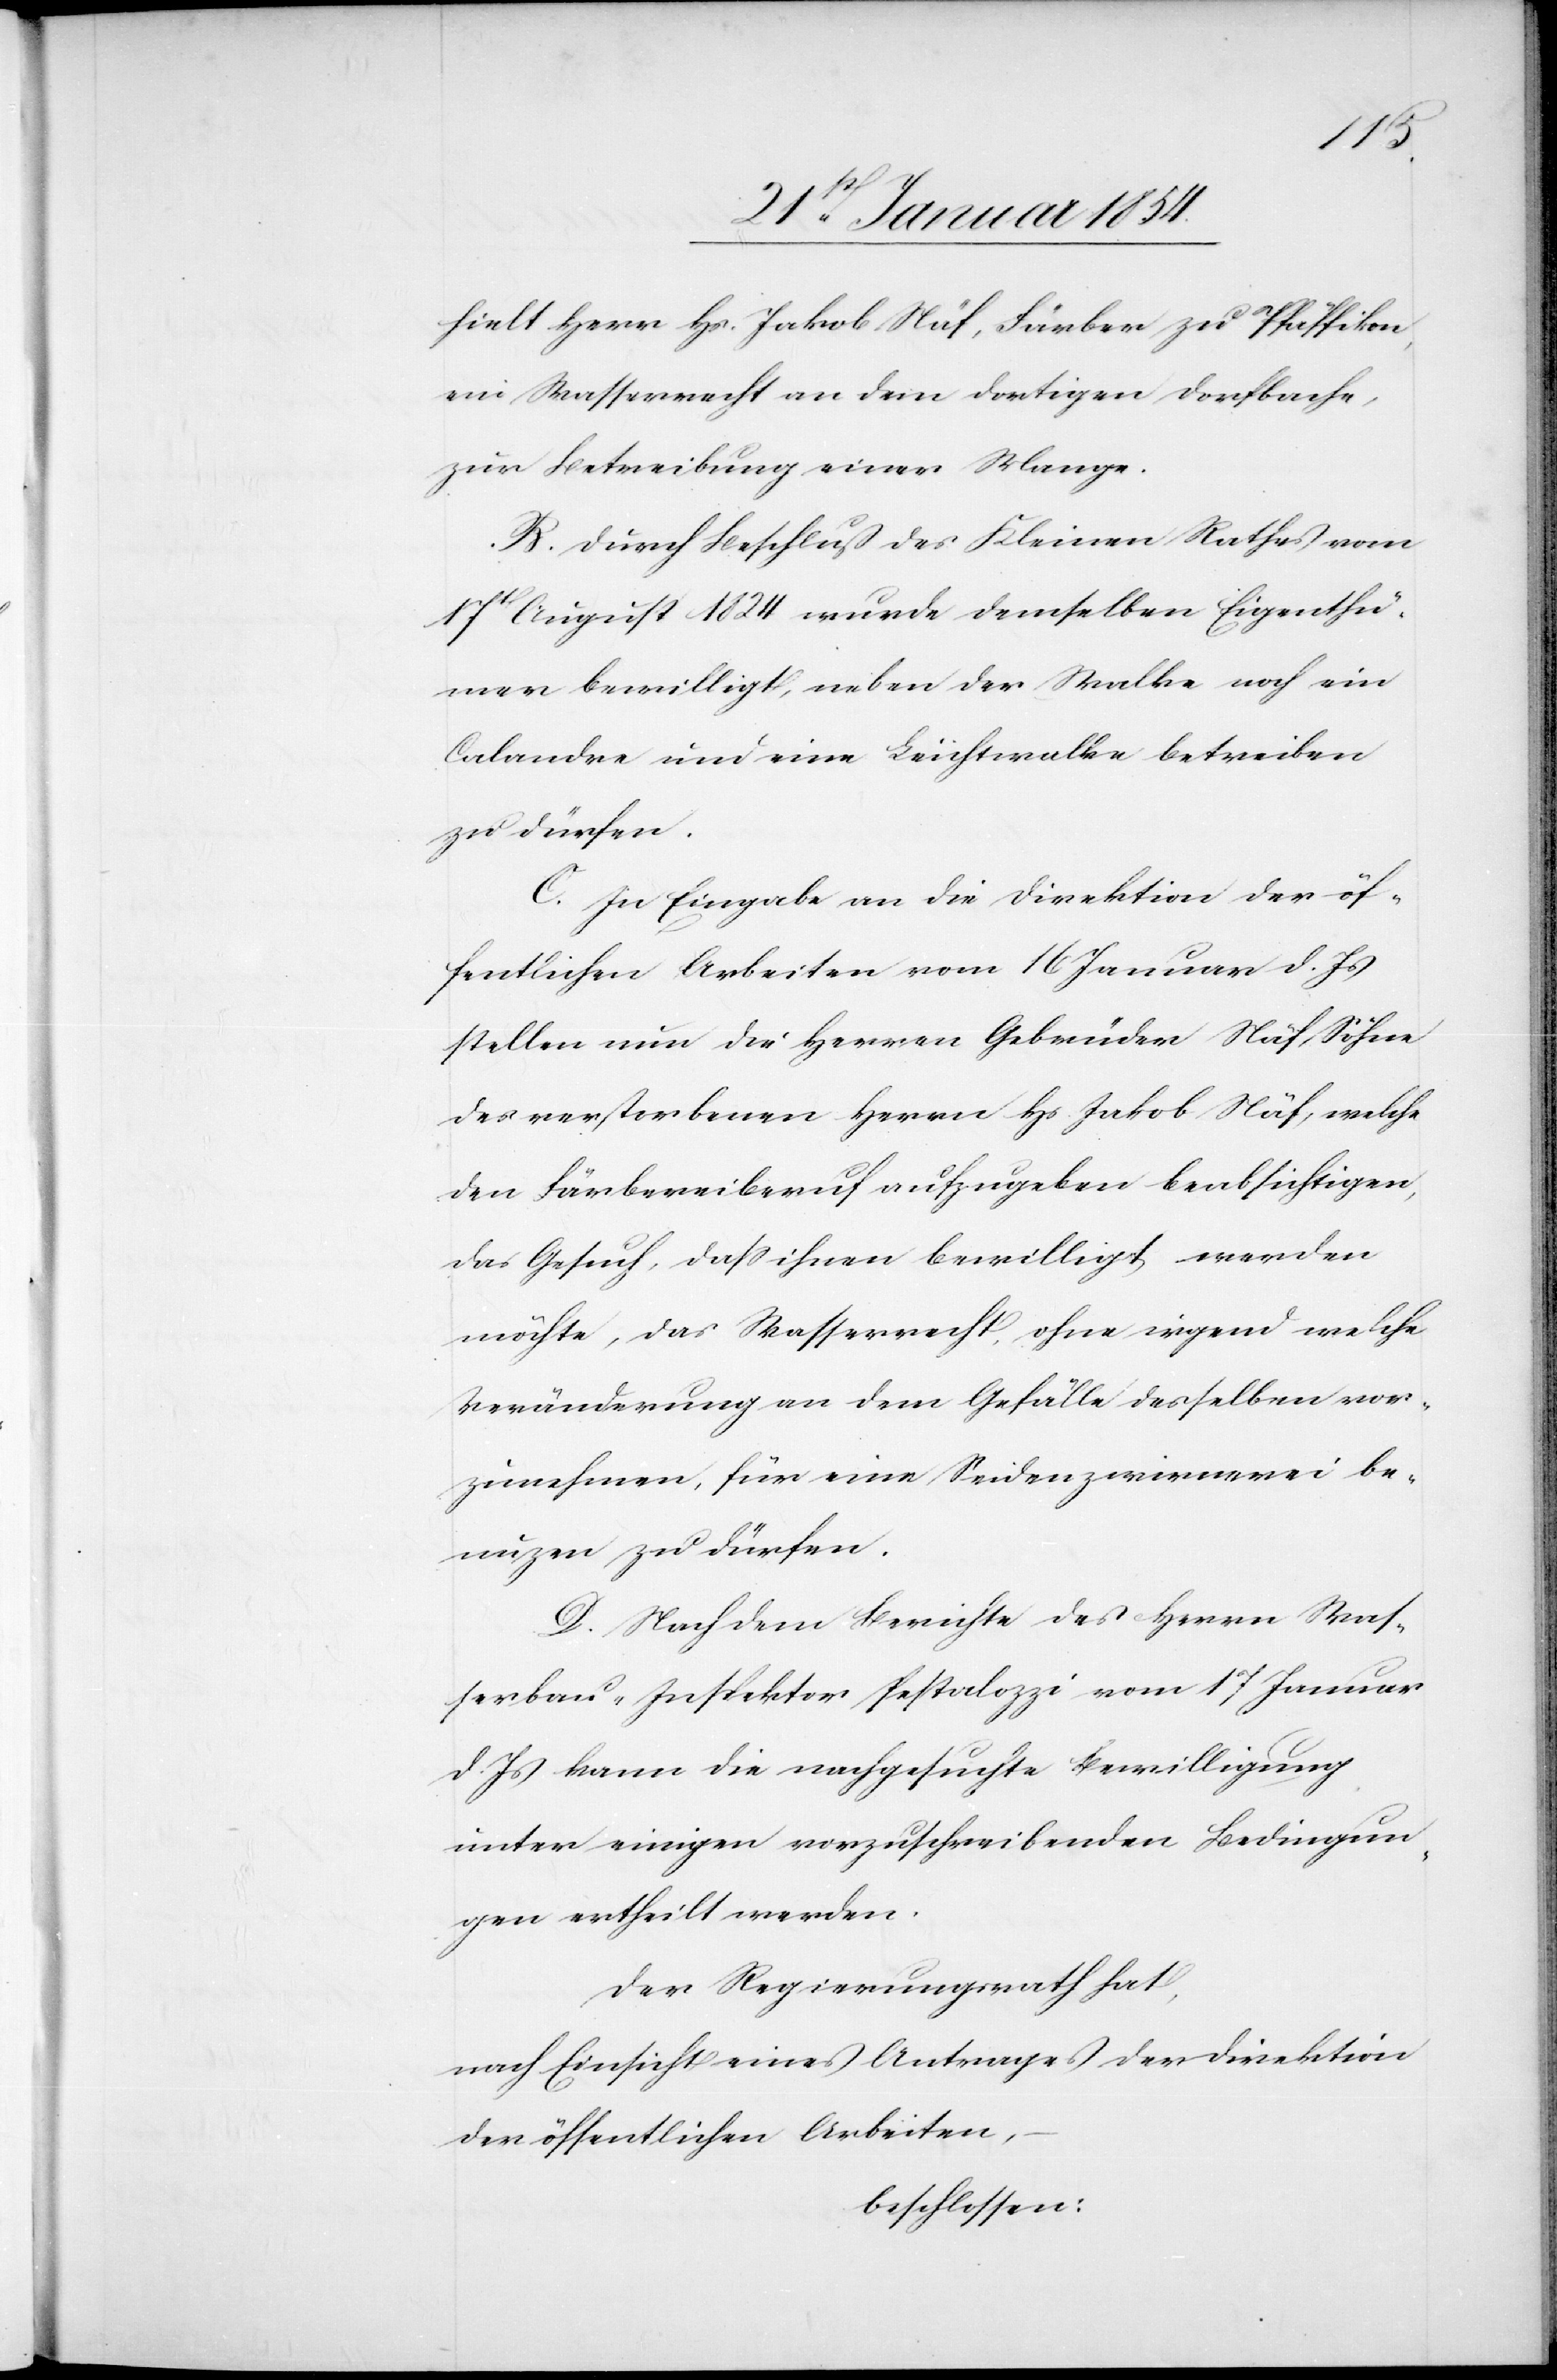
hielt Herr Hs. Jakob Näf, Färber zu Pfäffikon,
ein Wasserrecht an dem dortigen Dorfbache,
zur Betreibung einer Mange.
B. Durch Beschluß des Kleinen Rathes vom
17t August 1824 wurde demselben Eigenthü¬
mer bewilligt, neben der Walke noch ein
Calandre und eine Leichtwalke betreiben
zu dürfen.
C. In Eingabe an die Direktion der öf¬
fentlichen Arbeiten vom 16 Januar d. Js
stellen nun die Herren Gebrüder Näf, Söhne
des verstorbenen Herren Hs. Jakob Näf, welche
den Färbereiberuf aufzugeben beabsichtigen,
das Gesuch, daß ihnen bewilligt werden
möchte, das Wasserrecht, ohne irgend welche
Veränderung an dem Gefälle desselben vor¬
zunehmen, für eine Seidenzwirnerei be¬
nuzen zu dürfen.
D. Nach dem Berichte des Herrn Was¬
serbau-Inspektor Pestalozzi vom 17 Januar
d. Js kann die nachgesuchte Bewilligung
unter einigen vorzuschreibenden Bedingun¬
gen ertheilt werden.
Der Regierungsrath hat
nach Einsicht eines Antrages der Direktion
der öffentlichen Arbeiten,
beschlossen: